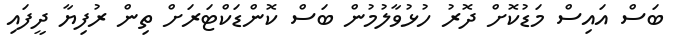
ބަސް އައިސް މަޑުކޮށް ދޮރު ހުޅުވާލުމުން ބަސް ކޮންޑަކްޓަރަށް ތިން ރުފިޔާ ދީފައި